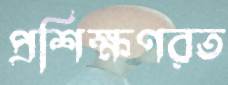
প্রশিক্ষণরত